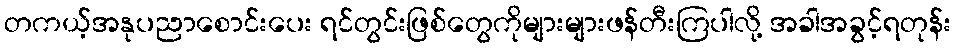
တကယ့်အနုပညာစောင်းပေး ရင်တွင်းဖြစ်တွေကိုများများဖန်တီးကြပါလို့ အခါအခွင့်ရတုန်း